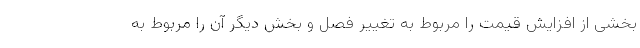
بخشی از افزایش قیمت را مربوط به تغییر فصل و بخش دیگر آن را مربوط به